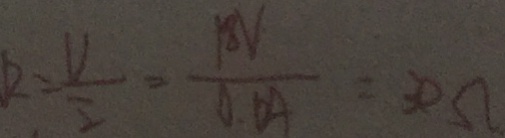
2 = \frac { V } { 2 } = \frac { 1 8 V } { 0 . 6 A } = 3 e \Omega